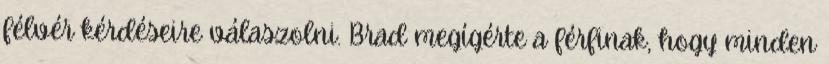
félvér kérdéseire válaszolni. Brad megígérte a férfinak, hogy minden